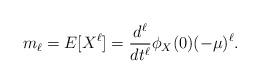
LaTeX: \begin{align*} m_\ell = E[X^\ell] = \frac{d^\ell}{dt^\ell}\phi_X(0)(-\mu)^\ell .\end{align*}